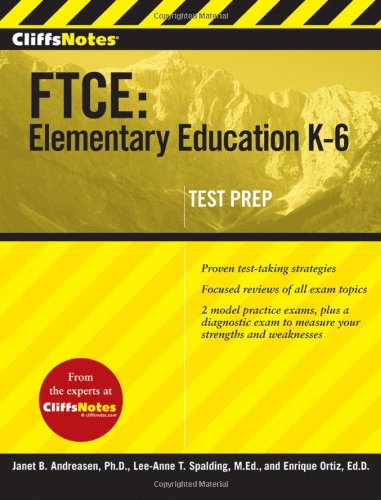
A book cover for CliffsNotes FTCE: Elementary Education K-6; Enrique Ortiz Ed.D.; Test Preparation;